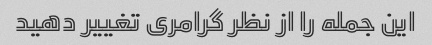
این جمله را از نظر گرامری تغییر دهید